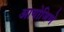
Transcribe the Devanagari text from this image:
आयोजिणे